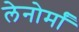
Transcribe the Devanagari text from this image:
लेनोर्मां